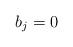
LaTeX: \begin{align*}b_j= 0\end{align*}